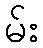
မ်း